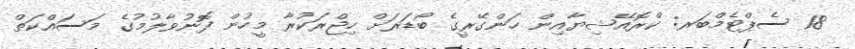
18 ސެޕްޓެމްބަރ: ކްރޮއޭޝިޔާއިން ހަންގޭރީގެ ބޯޑަރަށް ހިޖްރަކުރާ މީހުން ފޮނުވާލުމުގެ މަސައްކަތް